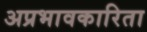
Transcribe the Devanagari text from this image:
अप्रभावकारिता